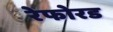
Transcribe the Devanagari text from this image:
रेफोरड